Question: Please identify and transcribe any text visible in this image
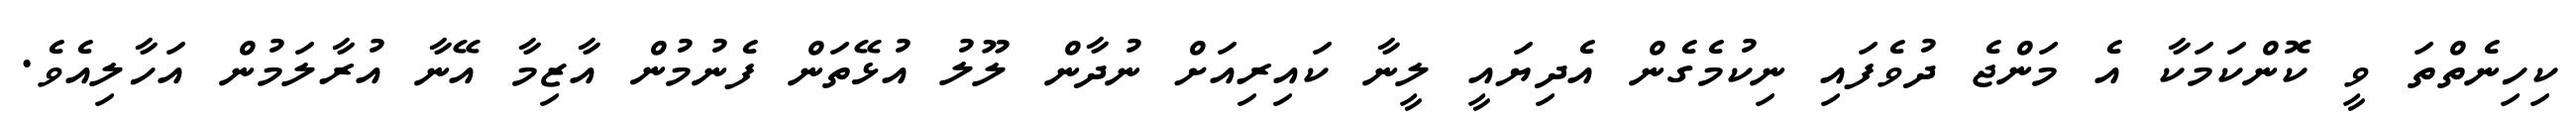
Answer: ކިހިނެތްތަ ވީ ކޮންކަމަކާ އެ މަންޖެ ދުވެފައި ނިކުމެގެން އެދިޔައީ ލީނާ ކައިރިއަށް ނުދާން ލޫލު އުޅޭތަން ފެނުމުން އާޒިމާ އޭނާ އުރާލަމުން އަހާލިއެވެ.